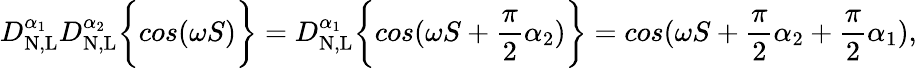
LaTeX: D_{\mathrm{N,L}}^{\alpha_{1}}D_{\mathrm{N,L}}^{\alpha_{2}}\bigg\{ {cos(\omega S)\bigg\} }=D_{\mathrm{N,L}}^{\alpha_{1}}\bigg\{ {cos(\omega S+\frac{\pi}{2}\alpha_{2})\bigg\} }=cos(\omega S+\frac{\pi}{2}\alpha_{2}+\frac{\pi}{2}\alpha_{1}),